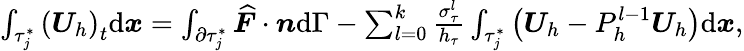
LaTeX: \begin{array}{r}{\int_{\tau_{j}^{*}}\left(\boldsymbol{U}_{h}\right)_{t}\mathrm{d}\boldsymbol{x}=\int_{\partial\tau_{j}^{*}}\widehat{\boldsymbol{F}}\cdot\boldsymbol{n}\mathrm{d}\Gamma-\sum_{l=0}^{k}\frac{\sigma_{\tau}^{l}}{h_{\tau}}\int_{\tau_{j}^{*}}\left(\boldsymbol{U}_{h}-P_{h}^{l-1}\boldsymbol{U}_{h}\right)\mathrm{d}\boldsymbol{x},}\end{array}